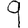
Digit: 9